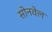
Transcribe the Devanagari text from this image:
सोनवेल